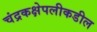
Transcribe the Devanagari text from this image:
चंद्रकक्षेपलीकडील